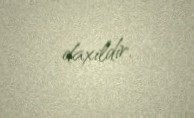
daxildir.